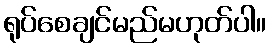
ရုပ်စေချင်မည်မဟုတ်ပါ။